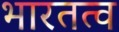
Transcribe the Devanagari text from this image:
भारतत्व